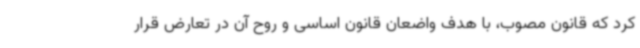
کرد که قانون مصوب، با هدف واضعان قانون اساسی و روح آن در تعارض قرار